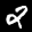
Label: 2